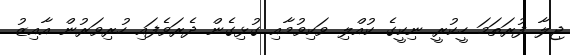
ޖިލާ ފުރަތަމަ ހީކުރީ ނިކީގެ ކުއްލި ވަކިވުމާއި ގުޅިގެން ދެރަވެފައި ހުރިވަރުން އާއިޒު